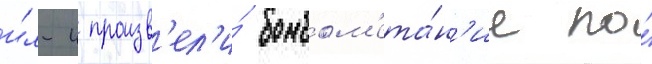
и́л-4 произв'ел'и́ бомбом'ета́н'ие по́